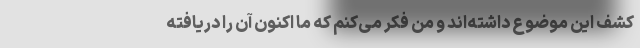
کشف این موضوع داشته‌اند و من فکر می‌کنم که ما اکنون آن را دریافته